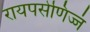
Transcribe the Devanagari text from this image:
रायपसेणिज्जं